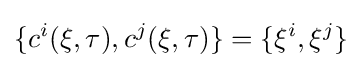
\{c^{i}(\xi ,\tau ),c^{j}(\xi ,\tau )\}=\{\xi ^{i},\xi ^{j}\}